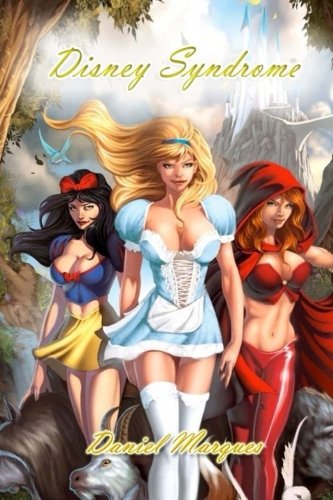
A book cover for Disney Syndrome: The effects of fairy-tales as a mind-programming tool; Daniel Marques; Health, Fitness & Dieting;